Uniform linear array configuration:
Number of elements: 8
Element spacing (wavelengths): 0.5
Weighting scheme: blackman
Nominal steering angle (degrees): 30
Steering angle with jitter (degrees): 31.696
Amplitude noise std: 0.05
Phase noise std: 0.05

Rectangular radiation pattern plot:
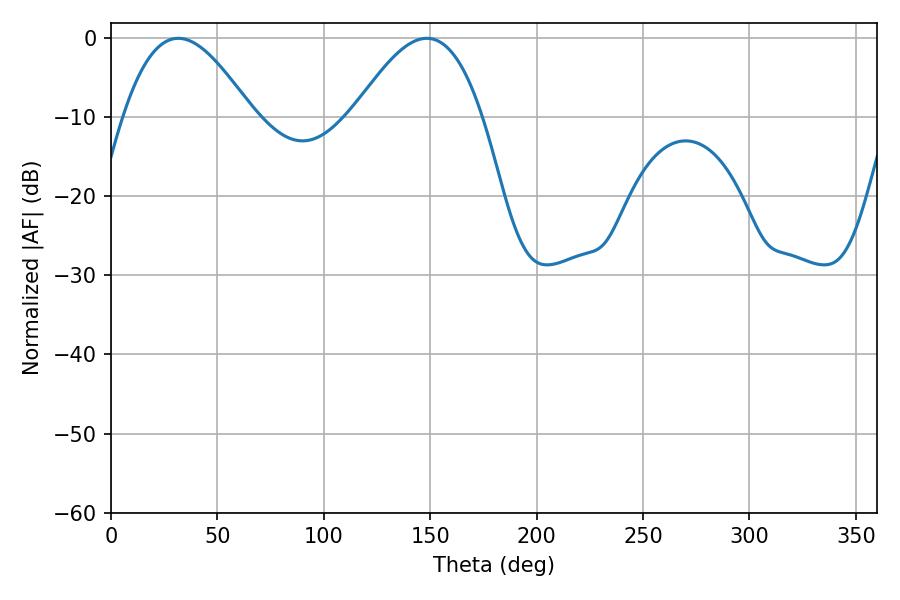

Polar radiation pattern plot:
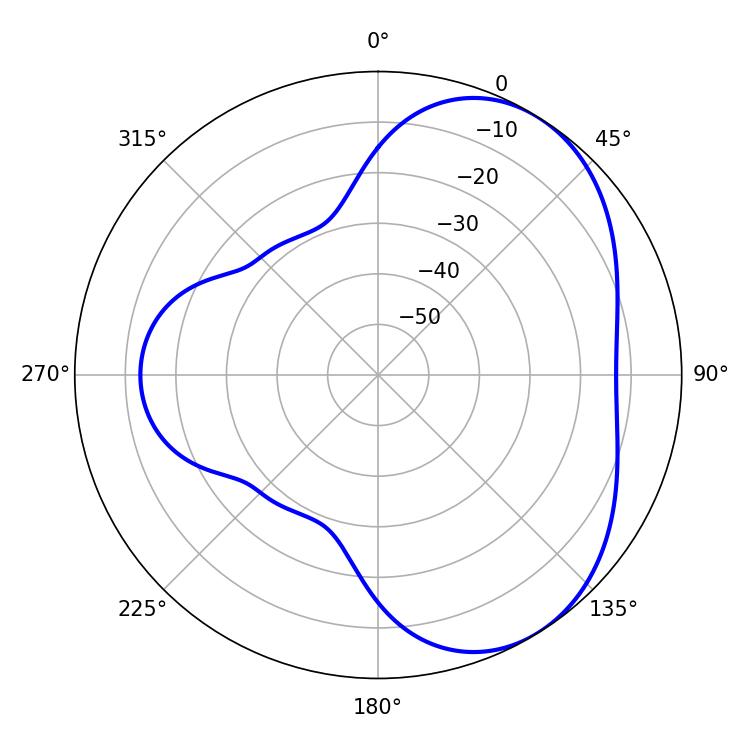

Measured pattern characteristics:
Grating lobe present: FALSE
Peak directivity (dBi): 4.637
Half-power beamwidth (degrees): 32.76
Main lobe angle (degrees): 31.68